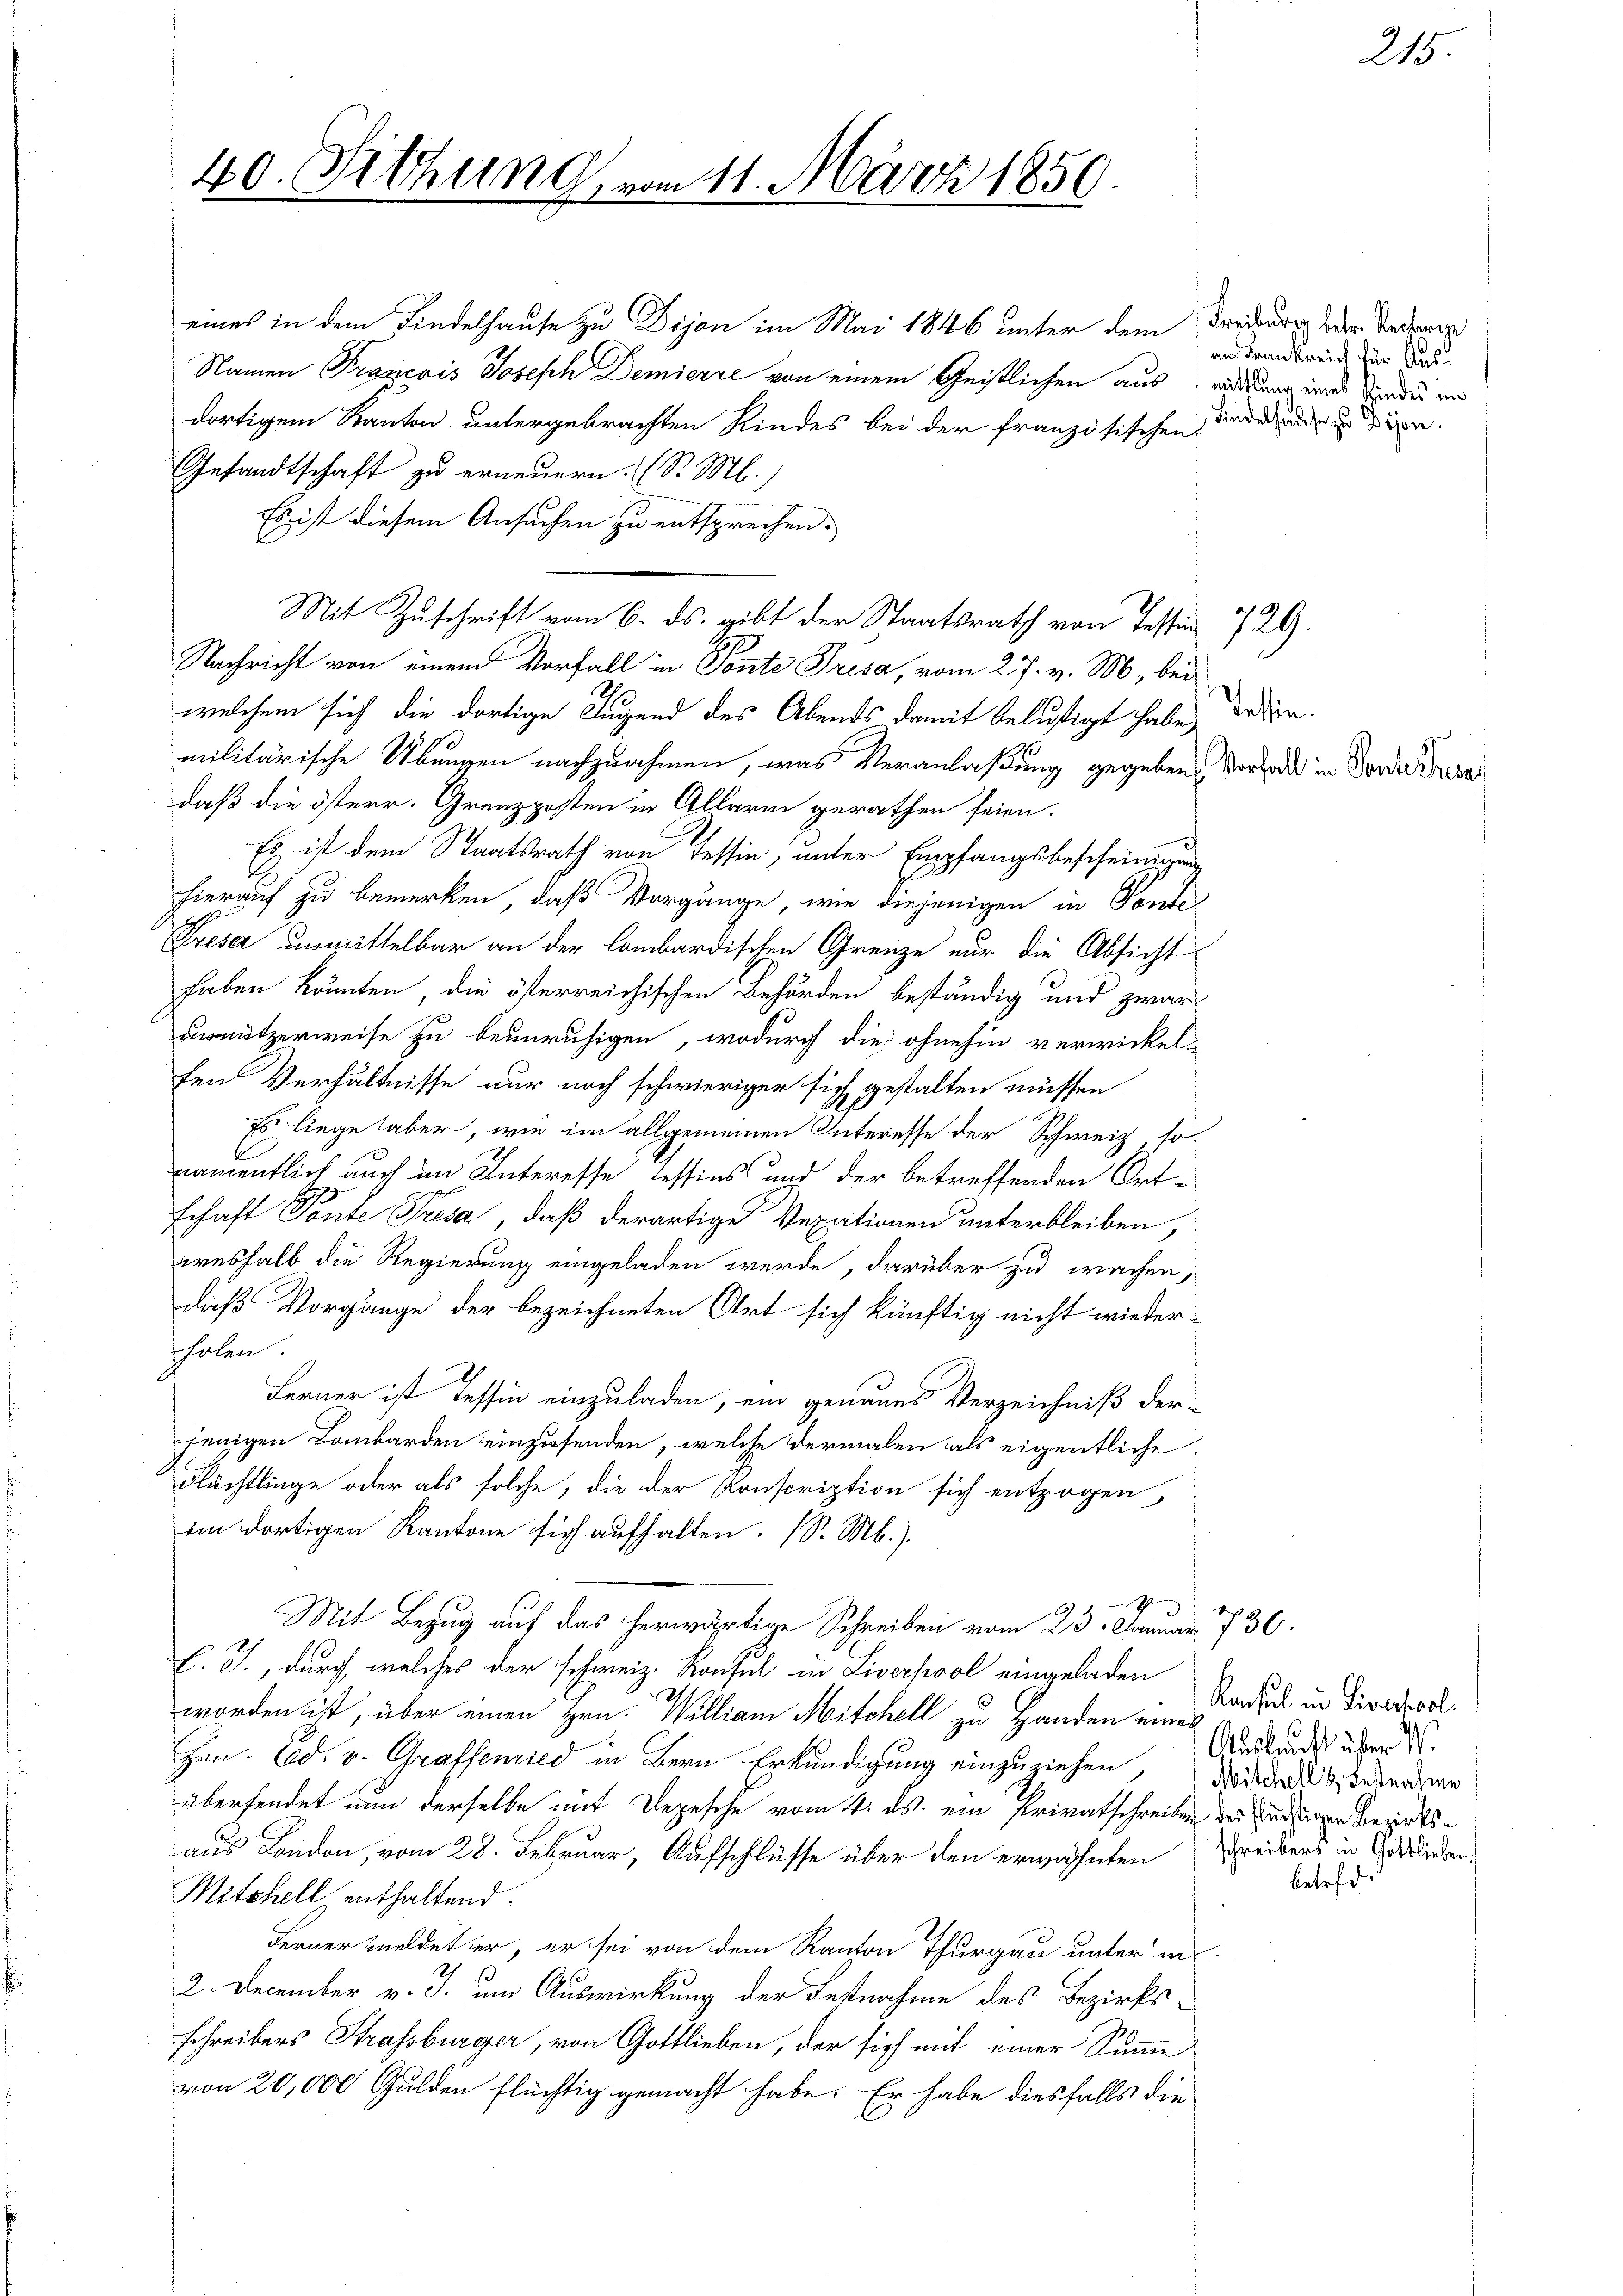
40. Fethun.

eines in dem Findelhause zu Dijan im Mai 1846 unter dem Freiburg der Sachen
Namen Prancois Joseph Demierte von einem Geistlichen aus widmer eines Bundes und
dortigem Kanton untergebrachten Kindes bei der französischen
Gesandtschaft zu erneuern. (S. M.)
Es ist diesem Ansuchen zu entsprechen.
Nachricht von einem Vorfall in Ponte Tresa, vom 27. v. M., bei
welchem sich die dortige Jugend des Abends damit belustigt habe, deßenmilitärische Übungen nachzuahmen, was Veranlaßung gegeben, vor de in Fordes Breve
daß die österr. Grenzposten in Allarm gerathen seien.
Es ist dem Staatsrath von Tessin, unter Empfangsbescheinigung
hierauf zu bemerken, daß Vorgänge, wie diejenigen in Ponte
Fresa unmittelbar an der lombardischen Grenze nur die Absicht
haben könnten, die österreichischen Behörden beständig und zwar
usnützerweise zu beunruhigen, wodurch die ohnehin verwickel-
ten Verhältnisse nur noch schwieriger sich gestalten müssen.
Es liege haber, wie im allgemeinen Interesse der Schweiz sonamentlich auch im Interesse Tessins und der betreffenden Ortschaft Ponte Tresa, daß derartige Vexationen unterbleiben,
wreshalb die Regierung eingeladen werde, darüber zu wachen,
daß Vorgänge der bezeichneten Art sich künftig nicht wieder-
holen.
Ferner ist Tessin einzuladen, ein genaues Verzeichniß der-
jenigen Lombarden einzusenden, welche dermalen als eigentliche
Flächtlinge oder als solche, die der Konscription sich entzogen,
im dortigen Kantone sich aufhalten. (S. Mb.).
Mit Bezug auf das herwärtige Schreiben vom 25. Januar 1730.
l. J., durch welches der schweiz. Konsul in Liverpool eingeladen
worden ist, über einen Hrn. William Mitchell zu Handen eines
zen. Ed. v. Graffemied in Bern Erkundigung einzuziehen, da der bestehenden
übersendet nun derselbe mit Depesche vom 4. ds. ein Privatschreiben der Bedingen Bezirksaus London, vom 28. Februar, Aufschlüsse über den erwähnten Freibers in Geldan¬
Mitchell enthaltend.
Ferner meldet er, er sei von dem Kanton Thurgau unter in
2. December v. J. um Auswirkung der Festnahme des Bezirksschreibers Strassburger, von Gottlieben, der sich mit einer Summe
von 20,000 Gulden flüchtig gemacht habe. Er habe diesfalls die

Mit Zuschrift vom 6. ds. gibt der Staatsrath von Tessin 729.

41. März 1859.

an Frankreich für Aus¬
Findelhause zu Dösen.

betref d.

215.

Konsul in Liversol
Auskauft über W